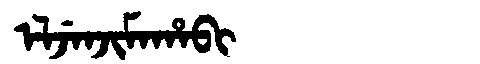
Manchu: ᡝᠯᠵᡝᠨᠵᡳᠮᠠᡥᠠᠪᡳ
Romanization: ELJENJIMAHABI